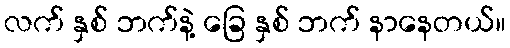
လက် နှစ် ဘက်နဲ့ ခြေ နှစ် ဘက် နာနေတယ်။